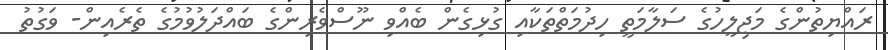
ރައްޔިތުންގެ މަޖިލީހުގެ ސަލާމަތީ ހިދުމަތްތަކާއި ގުޅިގެން ބެއްވި ނޫސްވެރިންގެ ބައްދަލުވުމުގެ ތެރެއިން- ވަގުތު